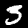
Digit: 3